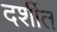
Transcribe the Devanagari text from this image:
दर्शीत